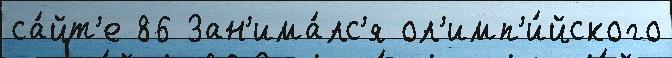
са́йт'е 86 Зан'има́лс'я ол'имп'и́йского